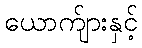
ယောက်ျားနှင့်